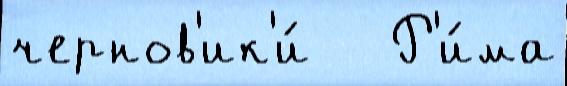
чернов'ик'и́   Р'и́ма